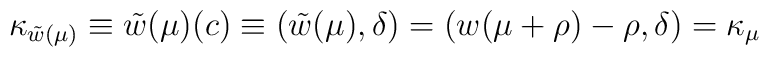
\kappa_{\tilde{w}(\mu)}\equiv\tilde{w}(\mu)(c)\equiv(\tilde{w}(\mu),\delta)=(w(\mu+\rho)-\rho,\delta)=\kappa_\mu